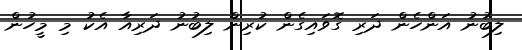
ލިބުނު އަންހެން ދަރި ގޮވައިގެން ކުރިން ލިބުނު ދަރިއާ އެކު މި މީހުން